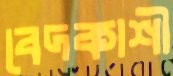
বেদকাশী